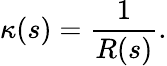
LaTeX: \kappa(s)={\frac{1}{R(s)}}.